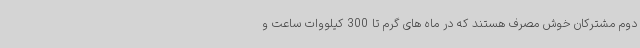
دوم مشترکان خوش مصرف هستند که در ماه های گرم تا 300 کیلووات ساعت و